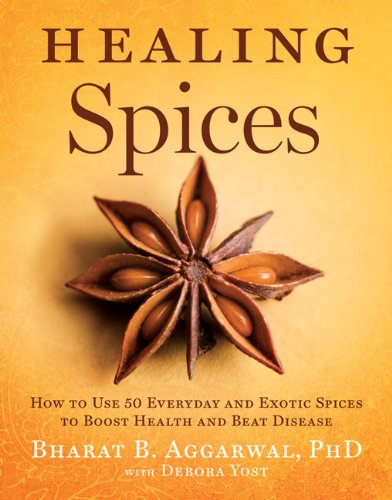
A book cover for Healing Spices: How to Use 50 Everyday and Exotic Spices to Boost Health and Beat Disease; Bharat B. Aggarwal PhD; Health, Fitness & Dieting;